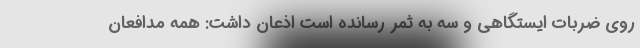
روی ضربات ایستگاهی و سه به ثمر رسانده است اذعان داشت: همه مدافعان